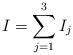
LaTeX: \begin{align*}I=\sum_{j=1}^3I_j\end{align*}